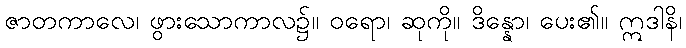
ဇာတကာလေ၊ ဖွားသောကာလ၌။ ဝရော၊ ဆုကို။ ဒိန္နော၊ ပေး၏။ ဣဒါနိ၊